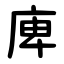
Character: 庳